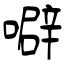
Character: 噼